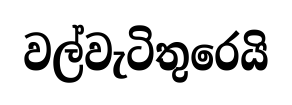
වල්වැටිතුරෙයි